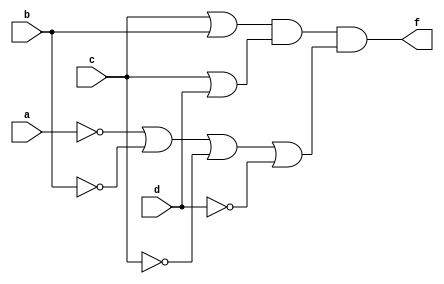
module q2a(a, b, c, d, f);
input a, b, c, d;
output f;

assign f = (c | b) & (c | d) & (~a | ~b | ~c | ~d);
endmodule